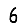
Digit: 6